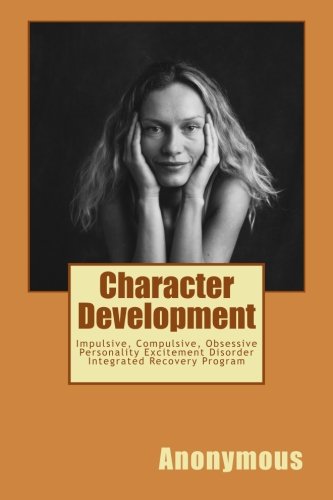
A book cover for Character Development: Impulsive, Compulsive, Obsessive Personality Excitement Disorder Integrated Recovery Program; Anonymous; Health, Fitness & Dieting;